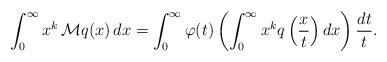
LaTeX: \begin{align*} \int_{0}^{\infty} x^k \, \mathcal M q(x) \, dx = \int_0^{\infty} \varphi(t) \left( \int_0^{\infty} x^k q \left(\frac{x}{t}\right) dx \right) \frac{dt}{t}.\end{align*}